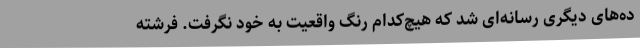
ده‌های دیگری رسانه‌ای شد که هیچ‌کدام رنگ واقعیت به خود نگرفت. فرشته